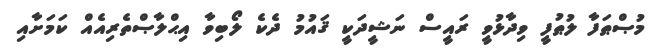
މުޞްޠަފާ ލުޠުފީ ވިދާޅުވީ ރައީސް ނަޝީދަކީ ޤައުމު ދެކެ ލޯބިވާ އިޙްލާޞްތެރިއެއް ކަމަށާއި